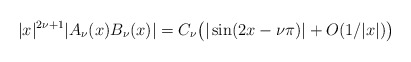
\begin{align*}|x|^{2\nu+1}|A_\nu(x)B_\nu(x)|=C_\nu\big(|\sin(2x-\nu\pi)|+O(1/|x|)\big)\end{align*}